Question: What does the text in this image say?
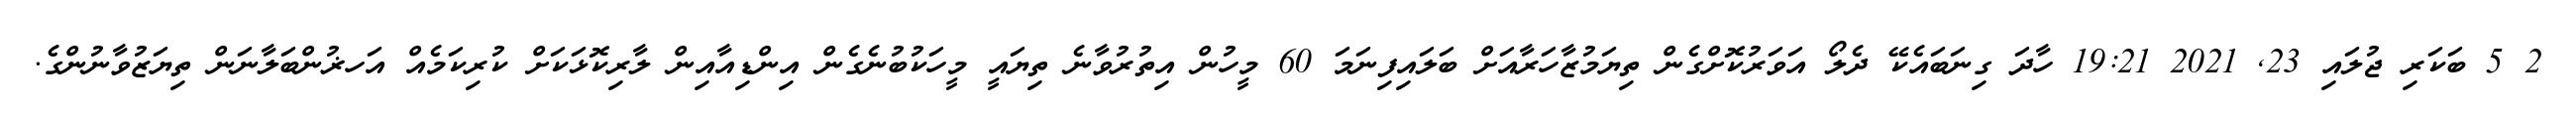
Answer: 2 5 ބަކަރި ޖުލައި 23, 2021 19:21 ހާދަ ގިނަބައެކޭ ދެލޯ އަވަރުކޮށްގެން ތިޔަމުޒާހަރާއަށް ބަލައިފިނަމަ 60 މީހުން އިތުރުވާނެ ތިޔައީ މީހަކުބުނެގެން އިންޑިއާއިން ލާރިކޮޅަކަށް ކުރިކަމެއް އަހޜުންބަލާނަން ތިޔަޒުވާނުންގެ.